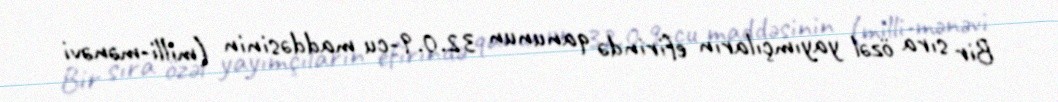
Bir sıra özəl yayımçıların efirində qanunun 32.0.9-cu maddəsinin (milli-mənəvi